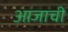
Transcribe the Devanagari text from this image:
आजाची